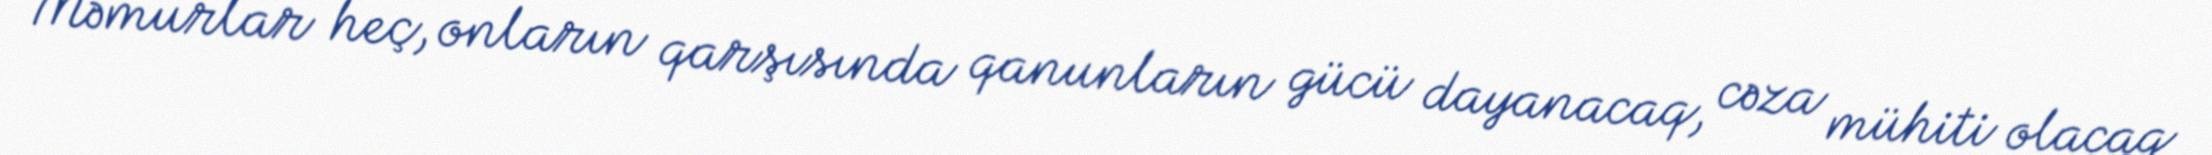
Məmurlar heç, onların qarşısında qanunların gücü dayanacaq, cəza mühiti olacaq